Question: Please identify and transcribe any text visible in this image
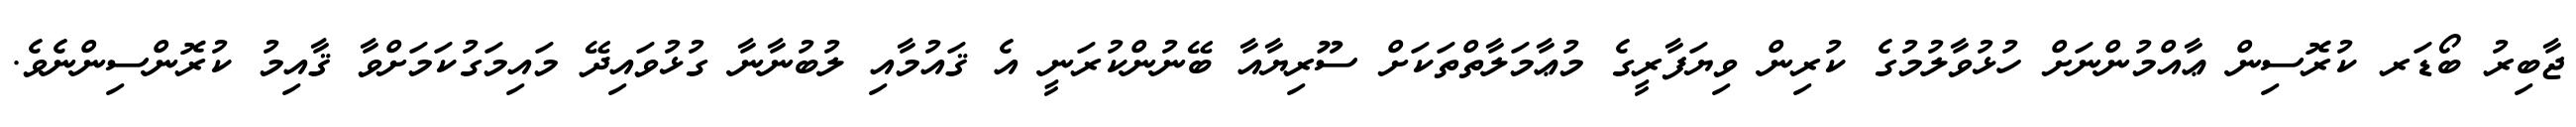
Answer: ޖާބިރު ބޯޑަރ ކުރޮސިން ޢާއްމުންނަށް ހުޅުވާލުމުގެ ކުރިން ވިޔަފާރީގެ މުޢާމަލާތްތަކަށް ސޫރިޔާއާ ބޭނުންކުރަނީ އެ ޤައުމާއި ލުބުނާނާ ގުޅުވައިދޭ މައިމަގުކަމަށްވާ ޤާއިމު ކުރޮންސިންނެވެ.